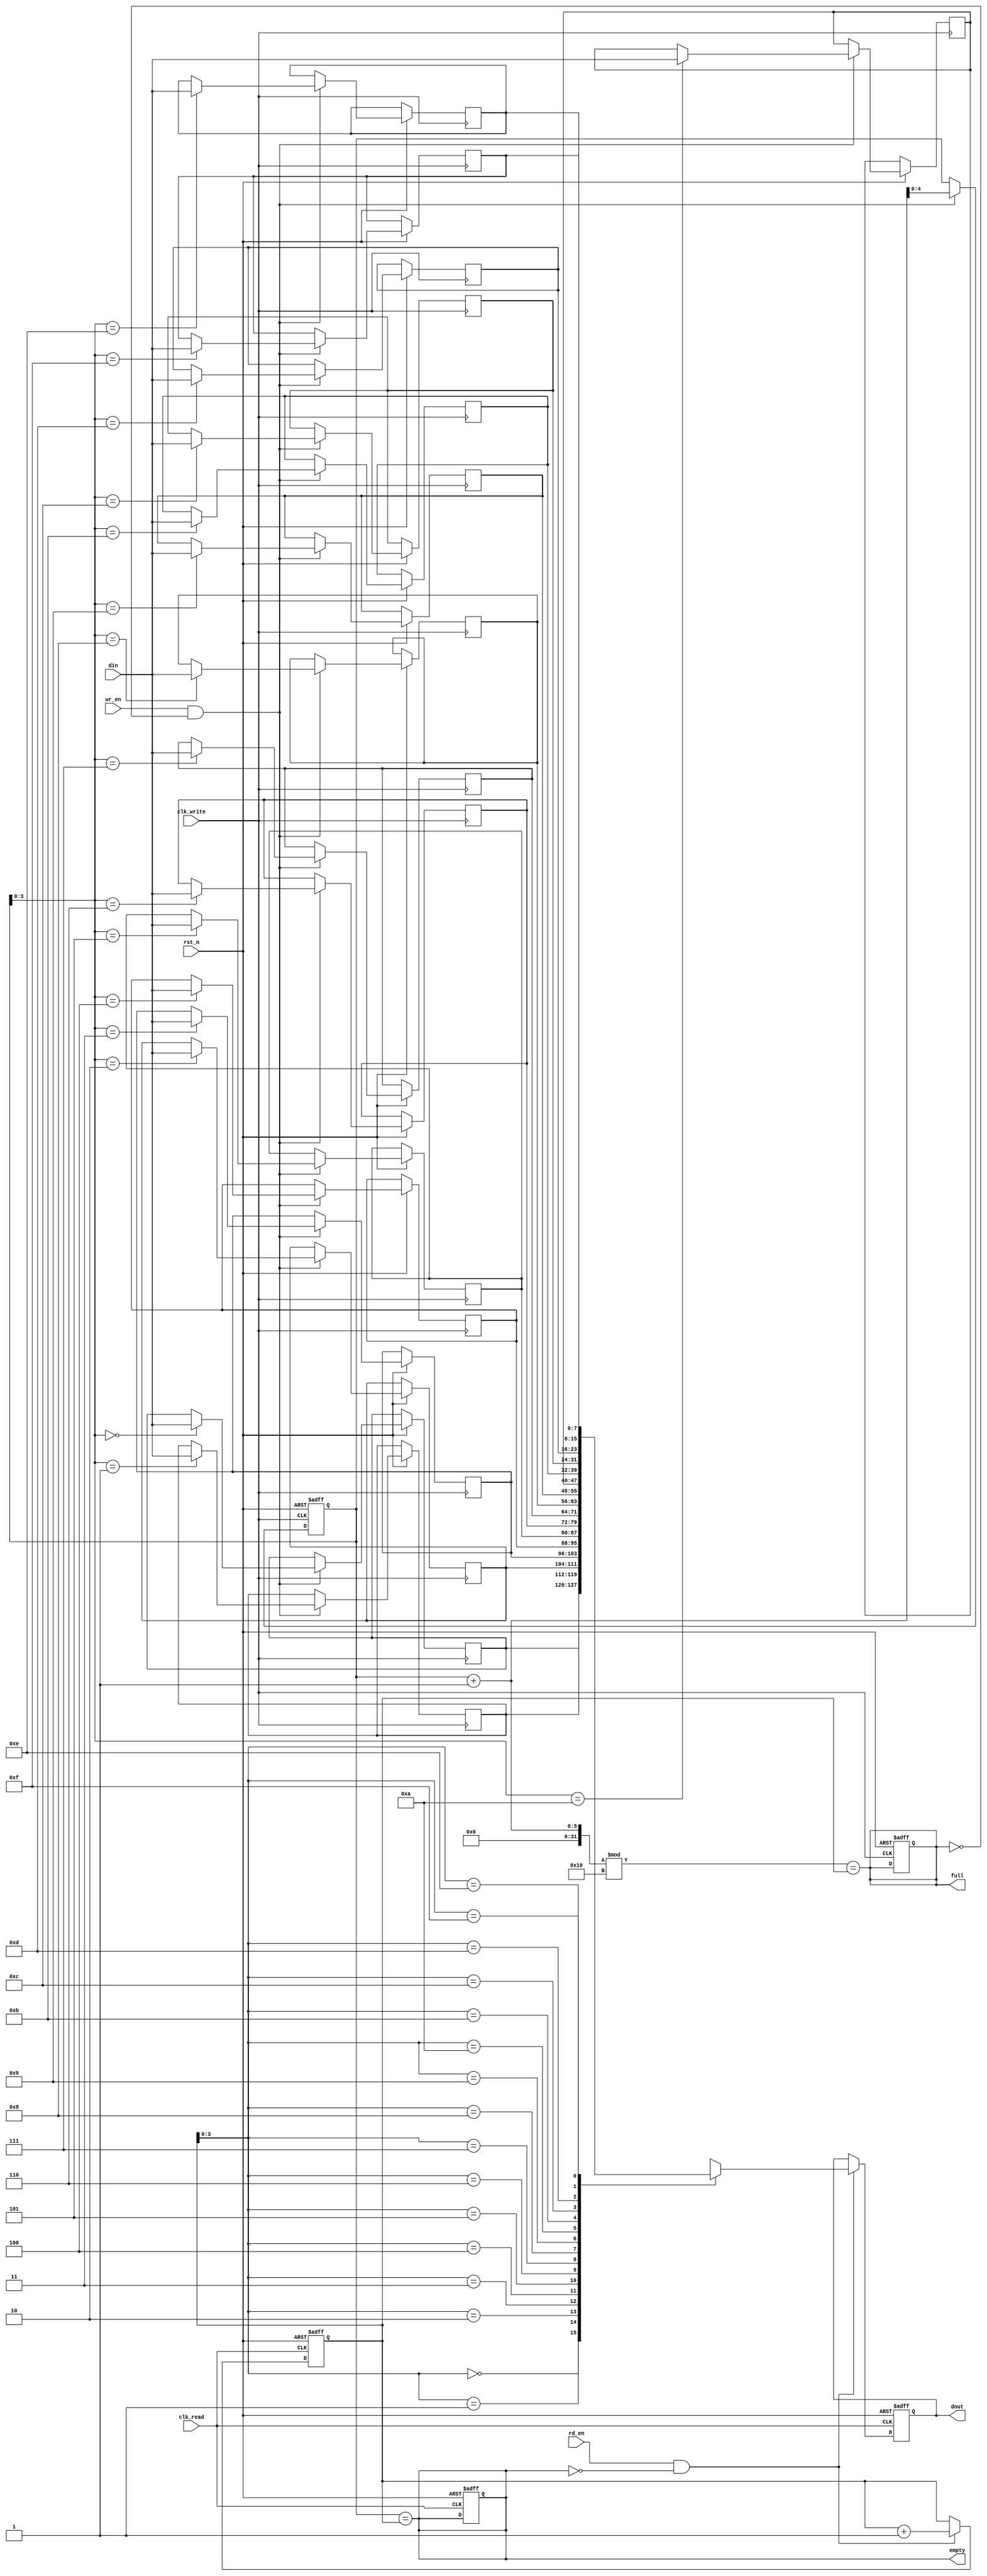
module dual_clock_fifo #(
    parameter DATA_WIDTH = 8,  // Width of the data
    parameter DEPTH = 16       // Depth of the FIFO (must be a power of 2)
)(
    input wire clk_write,           // Write clock
    input wire clk_read,            // Read clock
    input wire rst_n,               // Asynchronous active-low reset
    input wire [DATA_WIDTH-1:0] din, // Data input
    input wire wr_en,               // Write enable
    input wire rd_en,               // Read enable
    output reg [DATA_WIDTH-1:0] dout, // Data output
    output reg full,                // FIFO full flag
    output reg empty                // FIFO empty flag
);

    // Memory array
    reg [DATA_WIDTH-1:0] fifo_mem [0:DEPTH-1];

    // Pointers for reading and writing
    reg [4:0] w_ptr;  // Write pointer (5 bits for depth of 16)
    reg [4:0] r_ptr;  // Read pointer (5 bits for depth of 16)

    // Synchronizers for full and empty flags
    reg full_sync;
    reg empty_sync;

    // Write logic
    always @(posedge clk_write or negedge rst_n) begin
        if (!rst_n) begin
            w_ptr <= 0;
            full <= 0;
        end else if (wr_en && !full) begin
            fifo_mem[w_ptr] <= din;    // Write data
            w_ptr <= w_ptr + 1;        // Increment write pointer
        end
    end

    // Read logic
    always @(posedge clk_read or negedge rst_n) begin
        if (!rst_n) begin
            r_ptr <= 0;
            dout <= 0;
            empty <= 1;
        end else if (rd_en && !empty) begin
            dout <= fifo_mem[r_ptr];   // Read data
            r_ptr <= r_ptr + 1;        // Increment read pointer
        end
    end

    // Full and empty flag logic
    always @* begin
        full = (w_ptr + 1) % DEPTH == r_ptr;  // FIFO is full
        empty = (w_ptr == r_ptr);              // FIFO is empty
    end

    // Synchronization of full and empty flags
    always @(posedge clk_read or negedge rst_n) begin
        if (!rst_n) begin
            full_sync <= 0;
            empty_sync <= 1;
        end else begin
            empty_sync <= empty;             // Synchronize empty flag
        end
    end

    always @(posedge clk_write or negedge rst_n) begin
        if (!rst_n) begin
            full_sync <= 0;
        end else begin
            full_sync <= full;               // Synchronize full flag
        end
    end

endmodule